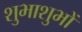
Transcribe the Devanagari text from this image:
शुभाशुभों